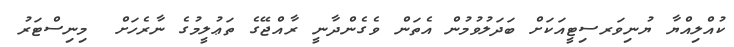
ކުއްލިއްޔާ ޔުނިވަރސިޓީއަކަށް ބަދަލުވުމުން އެތަން ވެގެންދާނީ ރާއްޖޭގެ ތަޢުލީމުގެ ނާރެހަށް  މިނިސްޓަރު